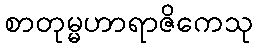
စာတုမ္မဟာရာဇိကေသု